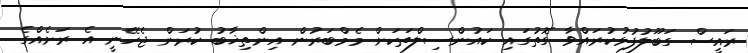
ރައީސް ގަބޫލުފުޅުކުރައްވާ ގޮތުގައި ކައުންސިލްތަކަށް މެމްބަރުން އިންތިޚާބު ކުރަން ޖެހޭނީ އެ ރަށެއްގެ